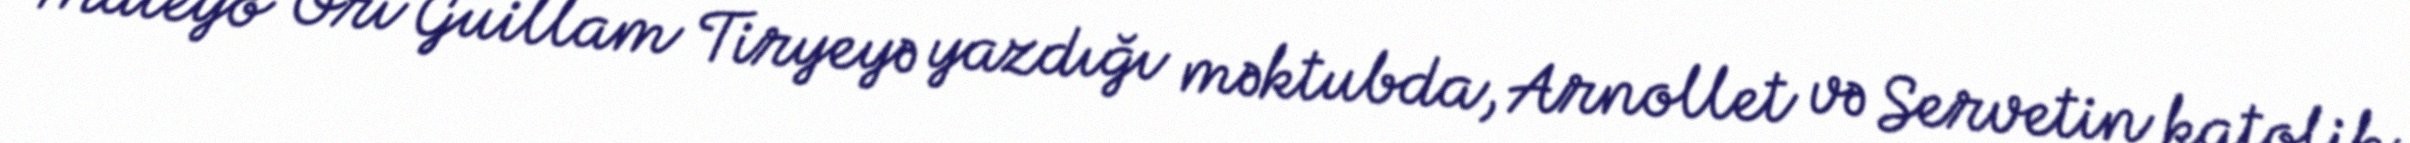
Mateyo Ori Guillam Tiryeyə yazdığı məktubda, Arnollet və Servetin katolik